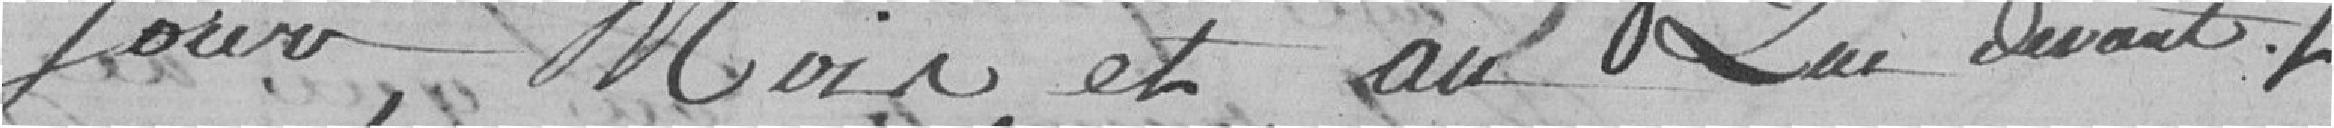
jour, moir et au que devant le